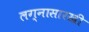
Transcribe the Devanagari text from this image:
लग्नासारखी